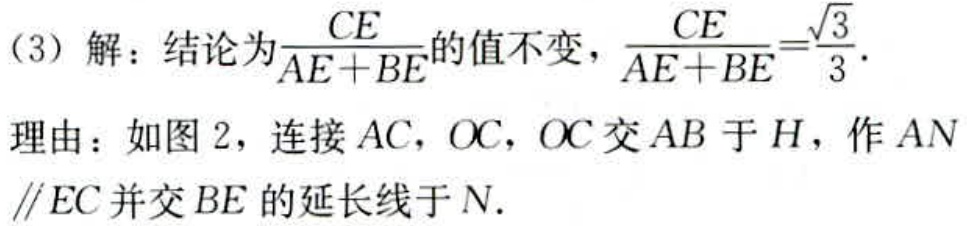
（3）解：结论为$\frac{CE}{AE + BE}$的值不变，$\frac{CE}{AE + BE}=\frac{\sqrt{3}}{3}$.
理由：如图 2，连接$AC$，$OC$，$OC$交$AB$于$H$，作$AN\parallel EC$并交$BE$的延长线于$N$.